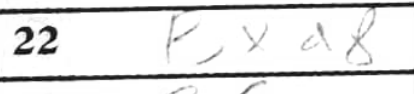
Transcription: Bxd8